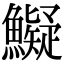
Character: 𩼨